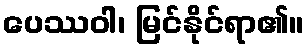
ပေဿဝါ၊ မြင်နိုင်ရာ၏။